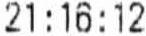
21:16:12